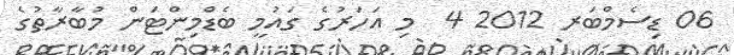
06 ޑިސެމްބަރ 2012 4  މި އަހަރުގެ ގައުމީ ބެޑްމިންޓަން މުބާރާތުގެ